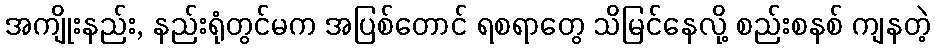
အကျိုးနည်း, နည်းရုံတွင်မက အပြစ်တောင် ရစရာတွေ သိမြင်နေလို့ စည်းစနစ် ကျနတဲ့